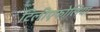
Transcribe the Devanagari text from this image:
टिलीएफोलिया